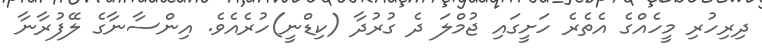
ދިރިހުރި މީހެއްގެ އެތެރެ ހަށީގައި ޖުމްލަ ދެ ގުރުދާ (ކިޑްނީ)ހުރެއެވެ. އިންސާނާގެ ލޭފުރާނާ